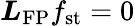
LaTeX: \boldsymbol{L}_{\mathrm{FP}}f_{\mathrm{st}}=0